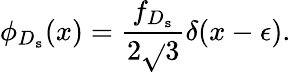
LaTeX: \phi_{D_{\mathtt{s}}}(x)={\frac{{f_{D_{\mathtt{s}}}}}{{2\sqrt{}{3}}}}\delta(x-\epsilon).